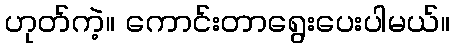
ဟုတ်ကဲ့။ ကောင်းတာရွေးပေးပါမယ်။